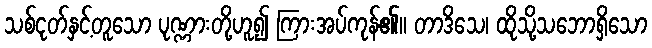
သစ်ငုတ်နှင့်တူသော ပုဏ္ဏားတို့ဟူ၍ ကြားအပ်ကုန်၏။ တာဒိသေ၊ ထိုသို့သဘောရှိသော